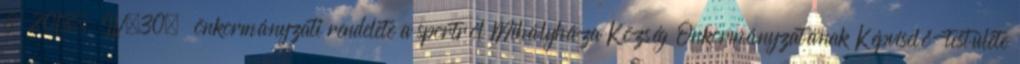
8 2013. IV.30. önkormányzati rendelete a sportról Mihályháza Község Önkormányzatának Képviselő-testülete